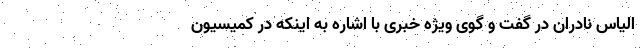
الیاس نادران در گفت و گوی ویژه خبری با اشاره به اینکه در کمیسیون